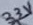
Text: 33V